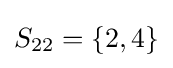
S_{22}=\{2,4\}